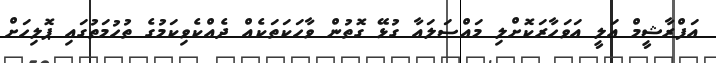
އަފްރާޝީމް އަލީ އަވަހާރަކޮށްލި މައްސަލައާ ގުޅޭ ގޮތުން ވާހަކަތަކެއް ދެއްކެވިކަމުގެ ތުހުމަތުގައި ޕޮލިހަށް